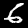
Label: 6